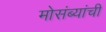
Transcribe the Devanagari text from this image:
मोसंब्यांची